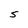
Character: S